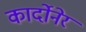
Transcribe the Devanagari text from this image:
कार्दोनेर